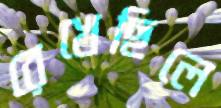
রেখেছিলে